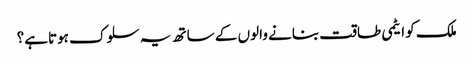
ملک کو ایٹمی طاقت بنانے والوں کے ساتھ یہ سلوک ہوتاہے؟